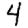
Digit: 4